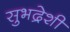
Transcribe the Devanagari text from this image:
सुभद्रेशी